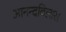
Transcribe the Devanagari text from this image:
आनन्दविलास